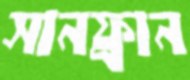
সানফ্রান